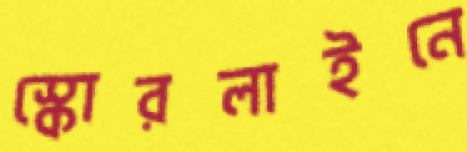
স্কোরলাইনে